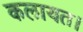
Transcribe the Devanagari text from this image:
कलायत।